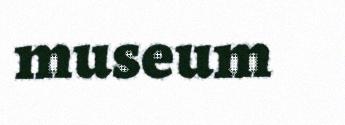
museum